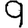
Digit: 9